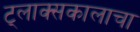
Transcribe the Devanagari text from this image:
ट्लाक्सकालाचा